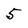
Character: 5